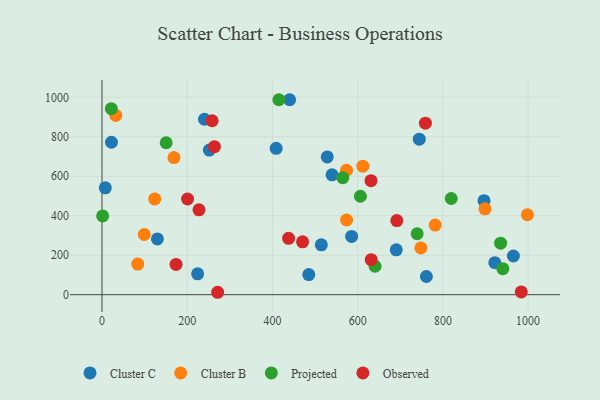
{"axis": {"x": "Experience", "y": "Exam Score"}, "legend": ["Cluster B", "Cluster C", "Observed", "Projected"], "data": [{"x": "690.6", "y": 227.2, "type": "Cluster C"}, {"x": "224.5", "y": 105.8, "type": "Cluster C"}, {"x": "7.8", "y": 541.4, "type": "Cluster C"}, {"x": "408.8", "y": 741.6, "type": "Cluster C"}, {"x": "528.7", "y": 697.8, "type": "Cluster C"}, {"x": "485.3", "y": 101.8, "type": "Cluster C"}, {"x": "896.5", "y": 476.3, "type": "Cluster C"}, {"x": "965.5", "y": 196.1, "type": "Cluster C"}, {"x": "514.7", "y": 252.7, "type": "Cluster C"}, {"x": "761.3", "y": 92.2, "type": "Cluster C"}, {"x": "22.3", "y": 772.3, "type": "Cluster C"}, {"x": "585.8", "y": 295.3, "type": "Cluster C"}, {"x": "130.0", "y": 282.6, "type": "Cluster C"}, {"x": "240.5", "y": 888.9, "type": "Cluster C"}, {"x": "440.4", "y": 987.7, "type": "Cluster C"}, {"x": "539.9", "y": 607.2, "type": "Cluster C"}, {"x": "921.9", "y": 162.0, "type": "Cluster C"}, {"x": "744.6", "y": 788.0, "type": "Cluster C"}, {"x": "251.9", "y": 732.8, "type": "Cluster C"}, {"x": "99.2", "y": 304.8, "type": "Cluster B"}, {"x": "123.7", "y": 485.1, "type": "Cluster B"}, {"x": "573.9", "y": 630.4, "type": "Cluster B"}, {"x": "32.4", "y": 908.0, "type": "Cluster B"}, {"x": "168.9", "y": 694.8, "type": "Cluster B"}, {"x": "898.8", "y": 434.8, "type": "Cluster B"}, {"x": "998.3", "y": 405.0, "type": "Cluster B"}, {"x": "781.9", "y": 352.6, "type": "Cluster B"}, {"x": "574.0", "y": 378.4, "type": "Cluster B"}, {"x": "83.9", "y": 155.0, "type": "Cluster B"}, {"x": "612.2", "y": 651.3, "type": "Cluster B"}, {"x": "748.3", "y": 237.1, "type": "Cluster B"}, {"x": "606.5", "y": 498.6, "type": "Projected"}, {"x": "739.6", "y": 308.6, "type": "Projected"}, {"x": "935.5", "y": 260.9, "type": "Projected"}, {"x": "940.7", "y": 131.9, "type": "Projected"}, {"x": "565.1", "y": 592.9, "type": "Projected"}, {"x": "415.1", "y": 987.7, "type": "Projected"}, {"x": "150.6", "y": 769.6, "type": "Projected"}, {"x": "21.9", "y": 942.4, "type": "Projected"}, {"x": "1.5", "y": 398.8, "type": "Projected"}, {"x": "640.9", "y": 144.1, "type": "Projected"}, {"x": "819.6", "y": 487.4, "type": "Projected"}, {"x": "173.8", "y": 153.5, "type": "Observed"}, {"x": "691.9", "y": 375.2, "type": "Observed"}, {"x": "470.7", "y": 267.6, "type": "Observed"}, {"x": "759.0", "y": 869.0, "type": "Observed"}, {"x": "258.5", "y": 881.3, "type": "Observed"}, {"x": "631.3", "y": 577.8, "type": "Observed"}, {"x": "271.4", "y": 12.2, "type": "Observed"}, {"x": "200.8", "y": 484.7, "type": "Observed"}, {"x": "437.9", "y": 285.7, "type": "Observed"}, {"x": "227.6", "y": 429.9, "type": "Observed"}, {"x": "983.9", "y": 14.0, "type": "Observed"}, {"x": "263.9", "y": 749.7, "type": "Observed"}, {"x": "631.8", "y": 177.2, "type": "Observed"}]}